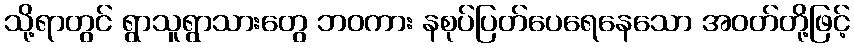
သို့ရာတွင် ရွာသူရွာသားတွေ ဘဝကား နစုပ်ပြတ်ပေရေနေသော အဝတ်တို့ဖြင့်